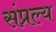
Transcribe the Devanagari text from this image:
संप्रल्य